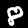
Digit: 8